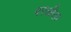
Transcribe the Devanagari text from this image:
परळीला